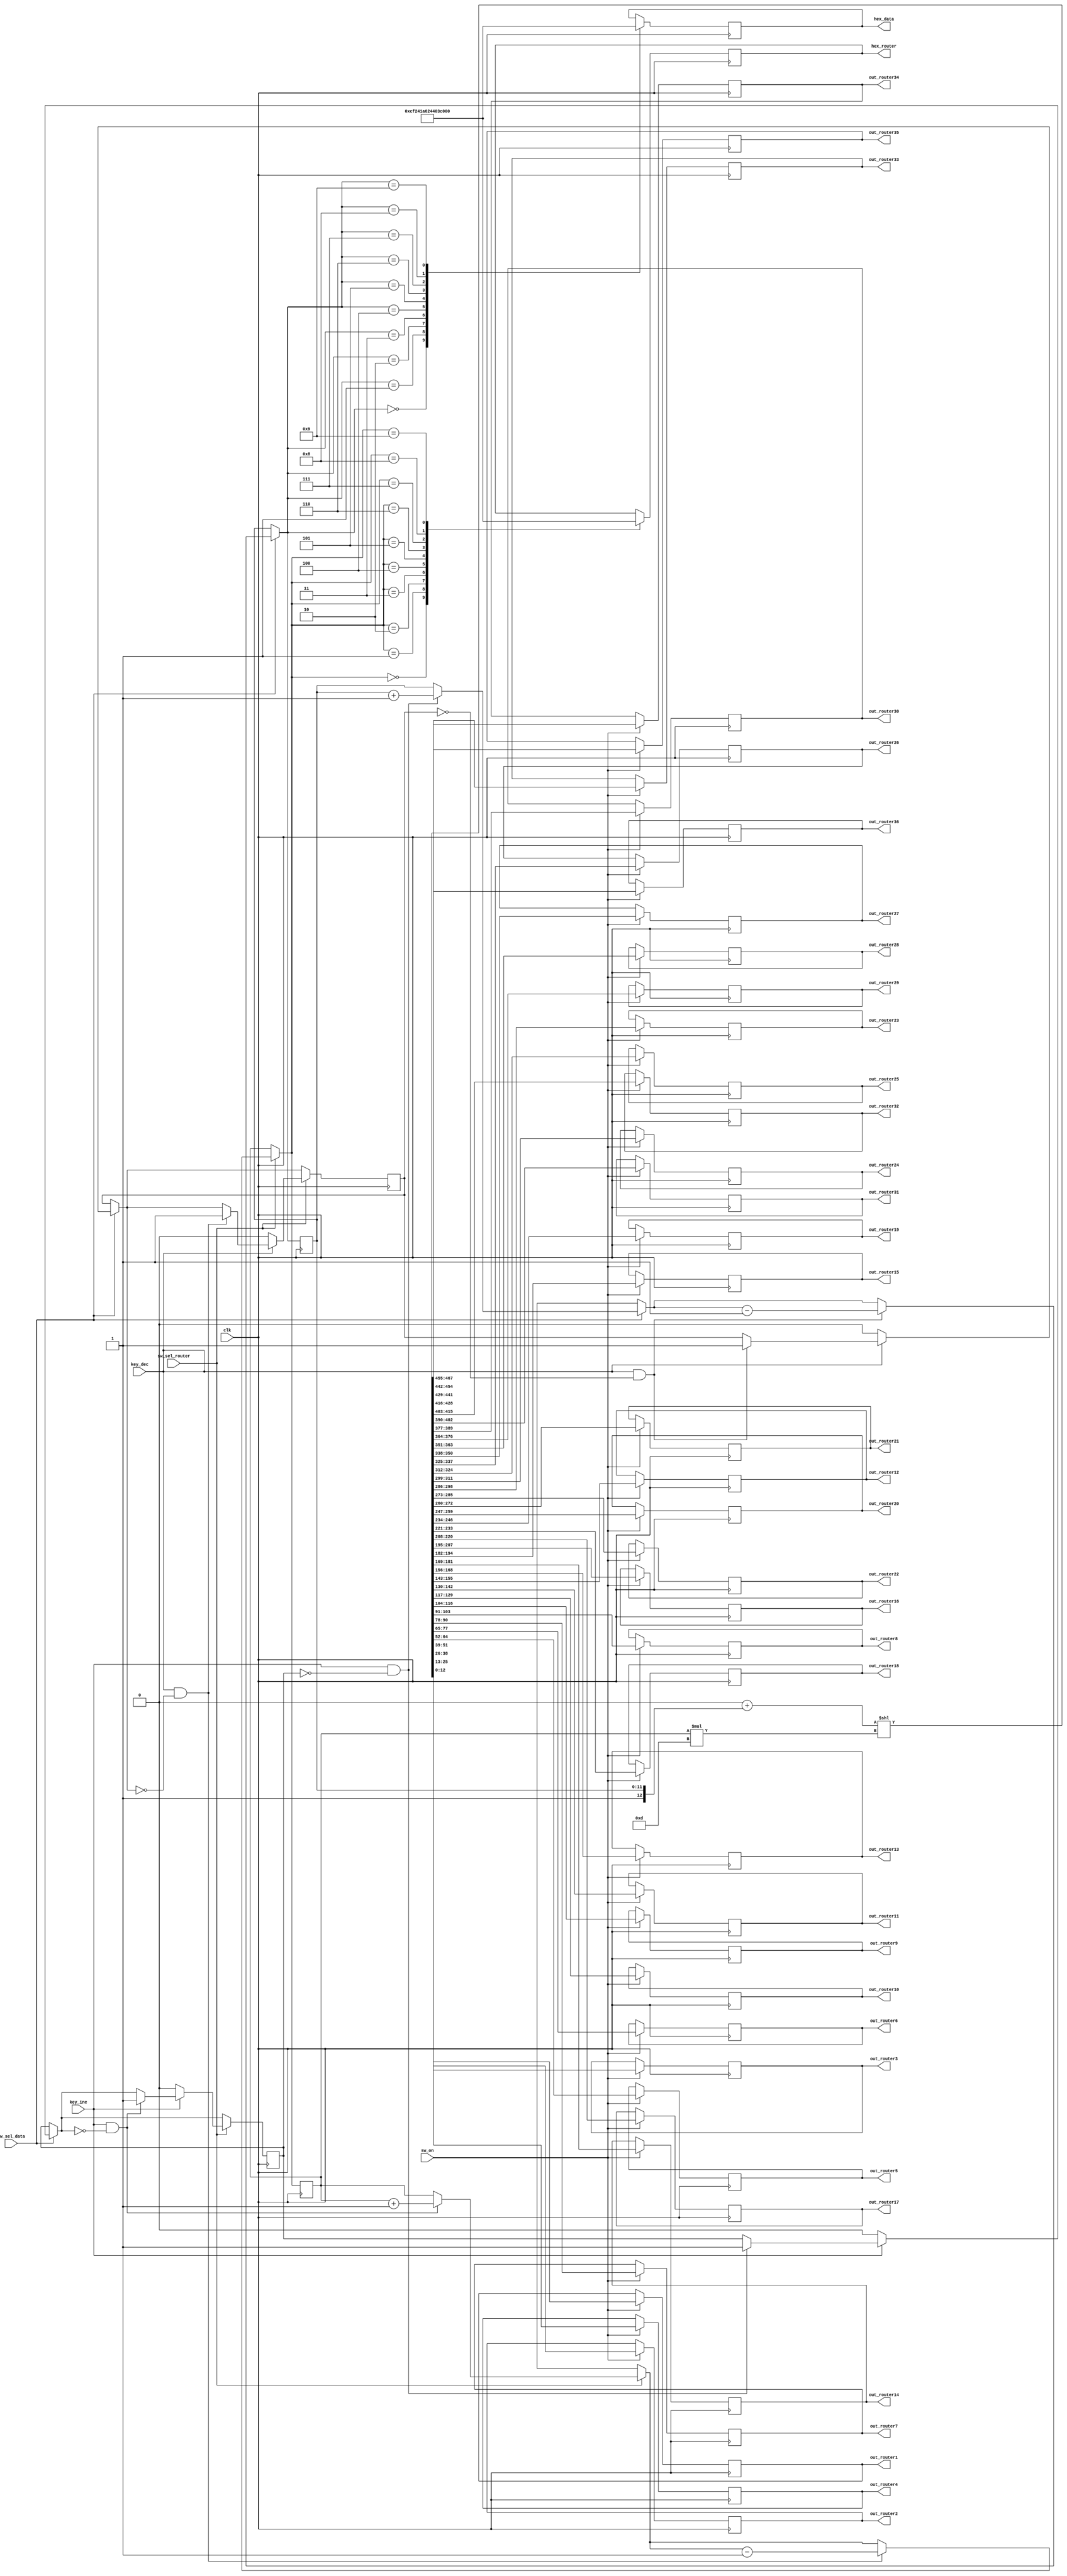
`define N 7		/*        */
`define N2 13   /*       - 1     K*2      (      )*/
`define K 6		//  1   N
`define BIT 6	//         ,  25   5

module select_data_36(
	clk,
	sw_on,			//       
	sw_sel_data,	//   
	sw_sel_router,	//       
	key_inc,			//   
	key_dec,			//   
	
	out_router1,	//     .
	out_router2,	//        
	out_router3,
	out_router4,
	out_router5,
	out_router6,
	out_router7,
	out_router8,
	out_router9,
	out_router10,
	out_router11,
	out_router12,
	out_router13,
	out_router14,
	out_router15,
	out_router16,
	out_router17,
	out_router18,
	out_router19,
	out_router20,
	out_router21,
	out_router22,
	out_router23,
	out_router24,
	out_router25,
	out_router26,
	out_router27,
	out_router28,
	out_router29,
	out_router30,
	out_router31,
	out_router32,
	out_router33,
	out_router34,
	out_router35,
	out_router36,
	
	
	hex_data,
	hex_router
	
);
	input clk;
	input sw_on;
	input sw_sel_data;
	input sw_sel_router;
	input key_inc;
	input key_dec;
	
	output reg[`N2-1:0] out_router1;
	output reg[`N2-1:0] out_router2;
	output reg[`N2-1:0] out_router3;
	output reg[`N2-1:0] out_router4;
	output reg[`N2-1:0] out_router5;
	output reg[`N2-1:0] out_router6;
	output reg[`N2-1:0] out_router7;
	output reg[`N2-1:0] out_router8;
	output reg[`N2-1:0] out_router9;
	output reg[`N2-1:0] out_router10;
	output reg[`N2-1:0] out_router11;
	output reg[`N2-1:0] out_router12;
	output reg[`N2-1:0] out_router13;
	output reg[`N2-1:0] out_router14;
	output reg[`N2-1:0] out_router15;
	output reg[`N2-1:0] out_router16;
	output reg[`N2-1:0] out_router17;
	output reg[`N2-1:0] out_router18;
	output reg[`N2-1:0] out_router19;
	output reg[`N2-1:0] out_router20;
	output reg[`N2-1:0] out_router21;
	output reg[`N2-1:0] out_router22;
	output reg[`N2-1:0] out_router23;
	output reg[`N2-1:0] out_router24;
	output reg[`N2-1:0] out_router25;
	output reg[`N2-1:0] out_router26;
	output reg[`N2-1:0] out_router27;
	output reg[`N2-1:0] out_router28;
	output reg[`N2-1:0] out_router29;
	output reg[`N2-1:0] out_router30;
	output reg[`N2-1:0] out_router31;
	output reg[`N2-1:0] out_router32;
	output reg[`N2-1:0] out_router33;
	output reg[`N2-1:0] out_router34;
	output reg[`N2-1:0] out_router35;
	output reg[`N2-1:0] out_router36;
	
	output reg[6:0] hex_data;
	output reg[6:0] hex_router;
	
	reg[`N2-2:0] data = `K'b00000;
	reg[`N2-2:0] router = `BIT'b00000;
	reg flag_key_inc = 1'b0;
	reg flag_key_dec = 1'b0;
	
	reg[467:0] out_to_router;  //    N*  
	
	always@(posedge clk)
	begin
		if(sw_on == 1'b1)
		begin
			out_to_router = (468'b0 + {1'b1, data}) << router*`N2;
			
			out_router1 = out_to_router[12:0];
			out_router2 = out_to_router[25:13];
			out_router3 = out_to_router[38:26];
			out_router4 = out_to_router[51:39];
			out_router5 = out_to_router[64:52];
			out_router6 = out_to_router[77:65];
			out_router7 = out_to_router[90:78];
			out_router8 = out_to_router[103:91];
			out_router9 = out_to_router[116:104];
			out_router10 = out_to_router[129:117];
			out_router11 = out_to_router[142:130];
			out_router12 = out_to_router[155:143];
			out_router13 = out_to_router[168:156];
			out_router14 = out_to_router[181:169];
			out_router15 = out_to_router[194:182];
			out_router16 = out_to_router[207:195];
			out_router17 = out_to_router[220:208];
			out_router18 = out_to_router[233:221];
			out_router19 = out_to_router[246:234];
			out_router20 = out_to_router[259:247];
			out_router21 = out_to_router[272:260];
			out_router22 = out_to_router[285:273];
			out_router23 = out_to_router[298:286];
			out_router24 = out_to_router[311:299];
			out_router25 = out_to_router[324:312];
			out_router26 = out_to_router[337:325];
			out_router27 = out_to_router[350:338];
			out_router28 = out_to_router[363:351];
			out_router29 = out_to_router[376:364];
			out_router30 = out_to_router[389:377];
			out_router31 = out_to_router[402:390];
			out_router32 = out_to_router[415:403];
			out_router33 = out_to_router[428:416];
			out_router34 = out_to_router[441:429];
			out_router35 = out_to_router[454:442];
			out_router36 = out_to_router[467:455];

		end
		else
		begin
			out_to_router = 468'b0;
		end
		
		if(sw_sel_data == 1'b1)
		begin
			if(key_inc == 1'b1 && flag_key_inc == 1'b0)
			begin
				data = data + 1'b1;
				flag_key_inc = 1'b1;
			end
			if(key_inc == 1'b0)
			begin
				flag_key_inc = 1'b0;
			end
			if(key_dec == 1'b1 && flag_key_dec == 1'b0)
			begin
				data = data - 1'b1;
				flag_key_dec = 1'b1;
			end
			if(key_dec == 1'b0)
			begin
				flag_key_dec = 1'b0;
			end
		end
		
		if(sw_sel_router == 1'b1)
		begin
			if(key_inc == 1'b1 && flag_key_inc == 1'b0)
			begin
				router = router + 1'b1;
				flag_key_inc = 1'b1;
			end
			if(key_inc == 1'b0)
			begin
				flag_key_inc = 1'b0;
			end
			if(key_dec == 1'b1 && flag_key_dec == 1'b0)
			begin
				router = router - 1'b1;
				flag_key_dec = 1'b1;
			end
			if(key_dec == 1'b0)
			begin
				flag_key_dec = 1'b0;
			end
		end

//================================================================================
//================================================================================
		case(data)
			5'b00000:
				hex_data = ~7'b1111110;		//0
			5'b00001:
				hex_data = ~7'b0110000;		//1
			5'b00010:
				hex_data = ~7'b1101101;		//2
			5'b00011:
				hex_data = ~7'b1111001;		//3
			5'b00100:
				hex_data = ~7'b0110011;		//4
			5'b00101:
				hex_data = ~7'b1011011;		//5
			5'b00110:
				hex_data = ~7'b1011111;		//6
			5'b00111:
				hex_data = ~7'b1110000;		//7
			5'b01000:
				hex_data = ~7'b1111111;		//8
			5'b01001:
				hex_data = ~7'b1111011;		//9
		endcase
		
		case(router)
			5'b00000:
				hex_router = ~7'b1111110;	//0
			5'b00001:
				hex_router = ~7'b0110000;	//1
			5'b00010:
				hex_router = ~7'b1101101;	//2
			5'b00011:
				hex_router = ~7'b1111001;	//3
			5'b00100:
				hex_router = ~7'b0110011;	//4
			5'b00101:
				hex_router = ~7'b1011011;	//5
			5'b00110:
				hex_router = ~7'b1011111;	//6
			5'b00111:
				hex_router = ~7'b1110000;	//7
			5'b01000:
				hex_router = ~7'b1111111;	//8
			5'b01001:
				hex_router = ~7'b1111011;	//9
		endcase
	end
	
endmodule